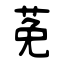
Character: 莬